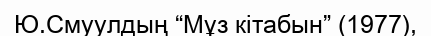
Ю.Смуулдың “Мұз кітабын” (1977),